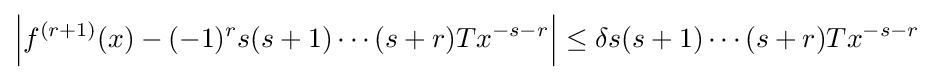
\left\vert {f^{(r+1)}(x)-(-1)^{r}s(s+1)\cdots (s+r)Tx^{-s-r}}\right\vert \leq \delta s(s+1)\cdots (s+r)Tx^{-s-r}\